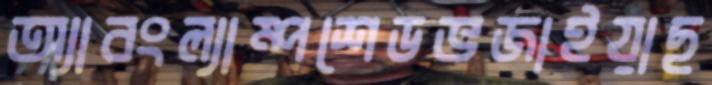
অ্যাবংল্যাম্পশেডভজাইয়াছ